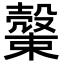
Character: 𣝝